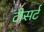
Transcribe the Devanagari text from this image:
टीसर्ट